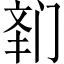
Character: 𲈾